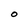
Character: O